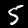
Digit: 5